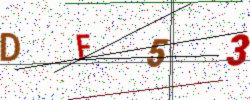
Text: DF53